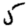
Digit: 5